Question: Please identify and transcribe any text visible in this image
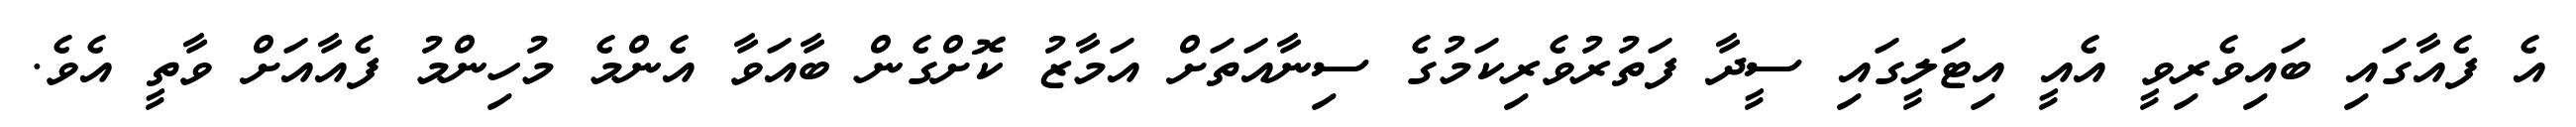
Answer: އެ ފެއާގައި ބައިވެރިވީ އެއީ އިޓަލީގައި ސީދާ ފަތުރުވެރިކަމުގެ ސިނާއަތަށް އަމާޒު ކޮށްގެން ބާއަވާ އެންމެ މުހިންމު ފެއާއަށް ވާތީ އެވެ.